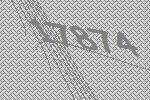
17874